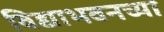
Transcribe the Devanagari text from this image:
विद्याभवनच्या